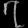
Digit: ၇